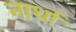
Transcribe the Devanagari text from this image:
नार्था